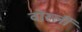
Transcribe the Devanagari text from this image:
वोर्स्ली